Leaving Certificate Examination (including Day School Certificate (Higher) General paper), 1938
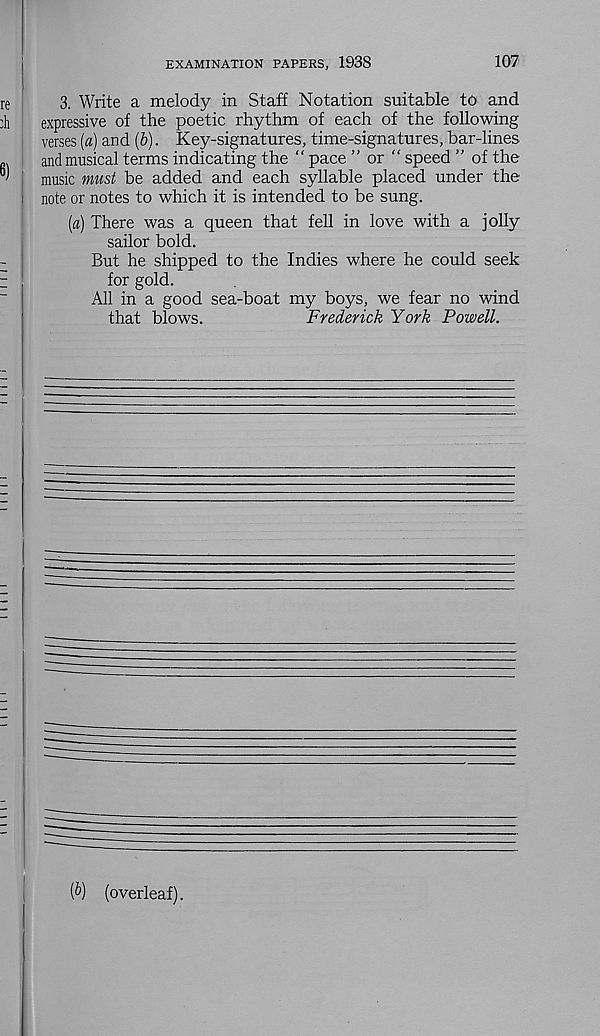
EXAMINATION PAPERS, 1938
107
3. Write a melody in Staff Notation suitable to and
expressive of the poetic rhythm of each of the following
verses (a) and (b). Key-signatures, time-signatures, bar-lines
and musical terms indicating the “ pace ” or “ speed ” of the
music must be added and each syllable placed under the
note or notes to which it is intended to be sung.
(a) There was a queen that fell in love with a jolly
sailor bold.
But he shipped to the Indies where he could seek
for gold.
All in a good sea-boat my boys, we fear no wind
that blows.
Frederick York Powell.
[V) (overleaf).